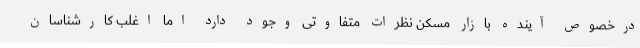
درخصوص آینده بازار مسکن نظرات متفاوتی وجود دارد اما اغلب کارشناسان